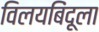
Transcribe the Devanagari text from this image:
विलयबिंदूला